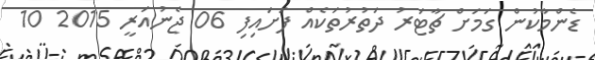
ޑެންމާކުން ގަމަށް ޗާޓަރު ދަތުރުތަކެއް ފަށައިފި 06 ޖެނުއަރީ 2015 10